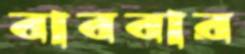
বাববার